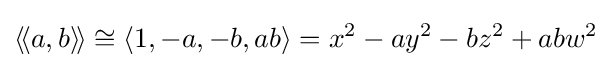
\langle \!\langle a,b\rangle \!\rangle \cong \langle 1,-a,-b,ab\rangle =x^{2}-ay^{2}-bz^{2}+abw^{2}